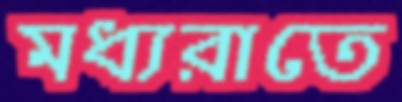
মধ্যরাতে